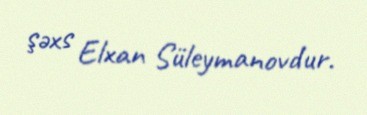
şəxs Elxan Süleymanovdur.